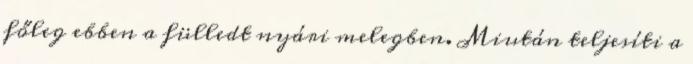
főleg ebben a fülledt nyári melegben. Miután teljesíti a